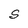
Character: S